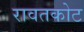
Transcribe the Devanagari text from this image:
रावतकोट